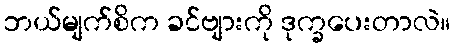
ဘယ်မျက်စိက ခင်ဗျားကို ဒုက္ခပေးတာလဲ။